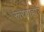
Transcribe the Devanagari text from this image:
रूरवाहार